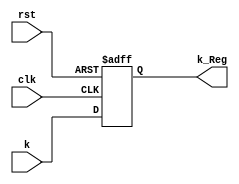
module Reg_k_L9(k_Reg,clk,rst,k);
output reg [1:0] k_Reg;
input clk,rst;
input [1:0] k;

always @ (posedge clk or negedge rst)
	begin
		if (!rst ) 
			k_Reg<=0; 
		else  
			k_Reg<=k; 
	end
endmodule